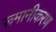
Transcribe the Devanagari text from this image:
रूमानीकरण